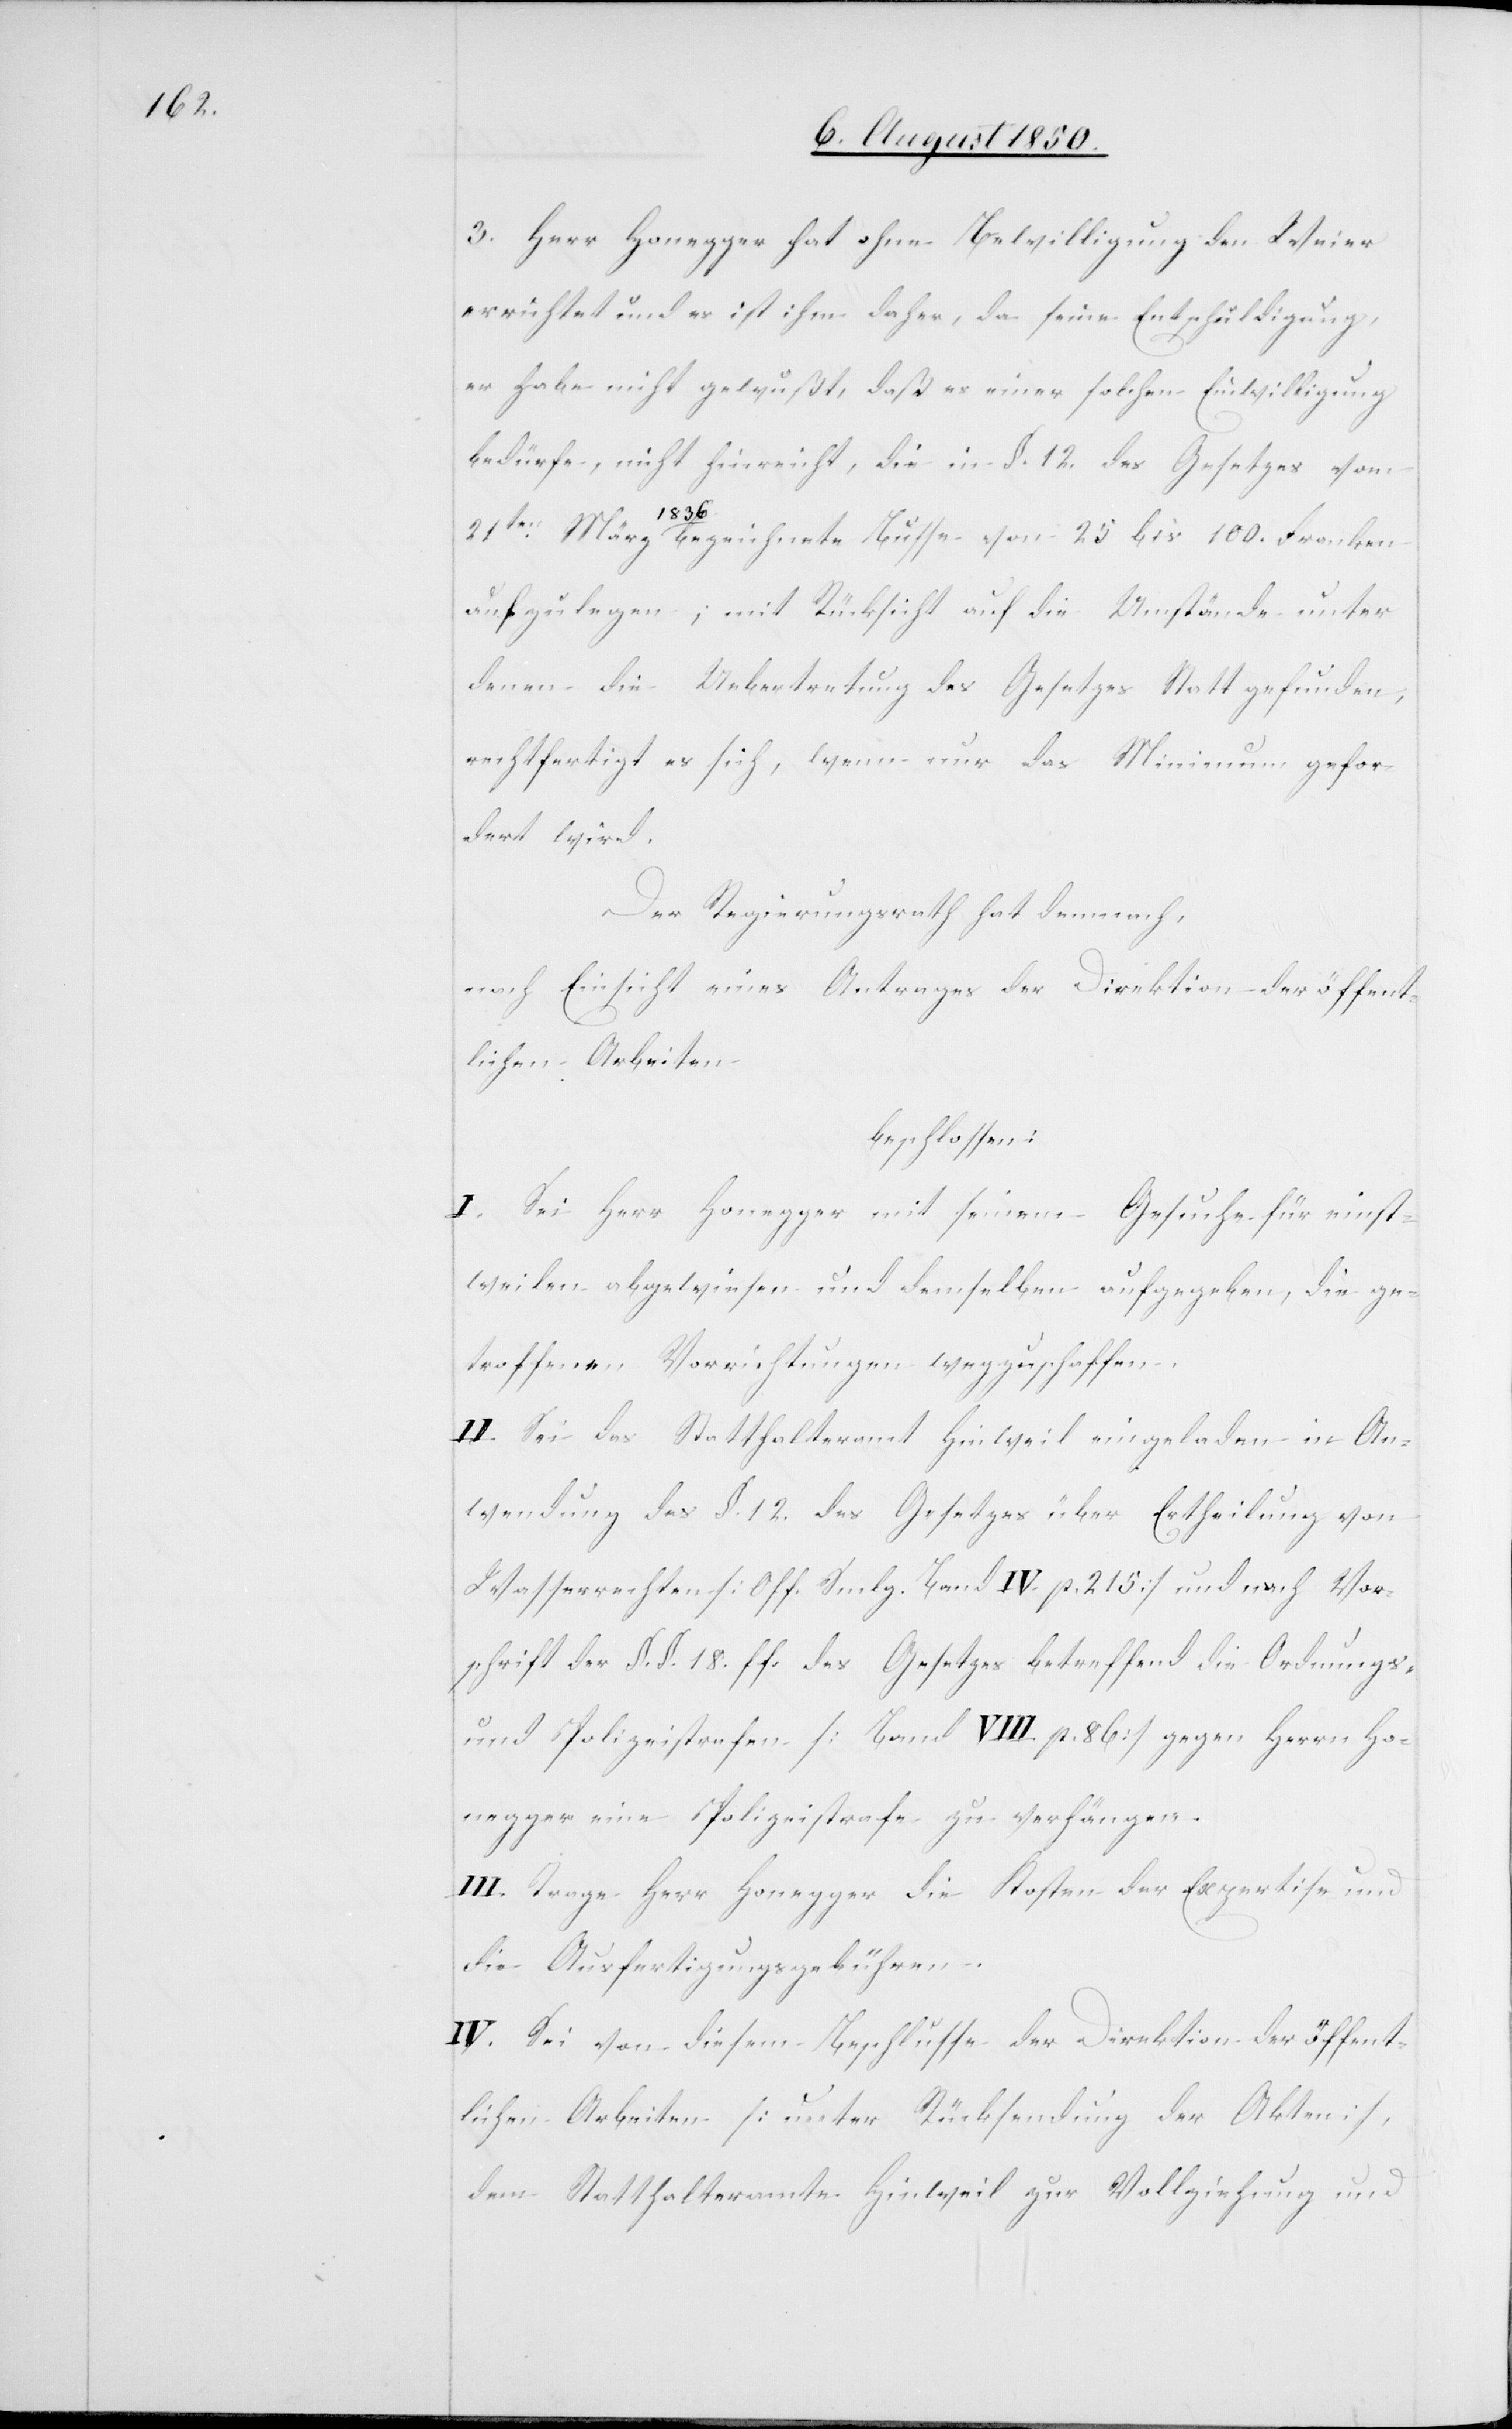
3. Herr Honegger hat ohne Bewilligung den Weier
errichtet und es ist ihm daher, da seine Entschuldigung,
er habe nicht gewußt, daß es einer solchen Einwilligung
bedürfe, nicht hinreicht, die in §. 12. des Gesetzes vom
21ten März 1836 bezeichnete Busse von 25 bis 100. Franken
aufzulegen; mit Rücksicht auf die Umstände unter
denen die Uebertretung des Gesetzes Statt gefunden,
rechtfertigt es sich, wenn nur das Minimum gefor¬
dert wird.
Der Regierungsrath hat demnach,
nach Einsicht eines Antrages der Direktion der öffent¬
lichen Arbeiten
beschlossen:
I. Sei Herr Honegger mit seinem Gesuche für einst¬
weilen abgewiesen und demselben aufgegeben, die ge¬
troffenen Vorrichtungen wegzuschaffen.
II. Sei das Statthalteramt Hinweil eingeladen in An¬
wendung des §. 12. des Gesetzes über Ertheilung von
Wasserrechten [Off. Smlg. Band IV. p. 215] und nach Vor¬
schrift der §. §. 18. ff. des Gesetzes betreffend die Ordnungs-
und Polizeistrafen [Band VIII. p. 86] gegen Herrn Ho¬
negger eine Polizeistrafe zu verhängen.
III. Trage Herr Honegger die Kosten der Expertise und
die Ausfertigungsgebühren.
IV. Sei von diesem Beschlusse der Direktion der öffent¬
lichen Arbeiten [unter Rücksendung der Akten]
dem Statthalteramte Hinweil zur Vollziehung und